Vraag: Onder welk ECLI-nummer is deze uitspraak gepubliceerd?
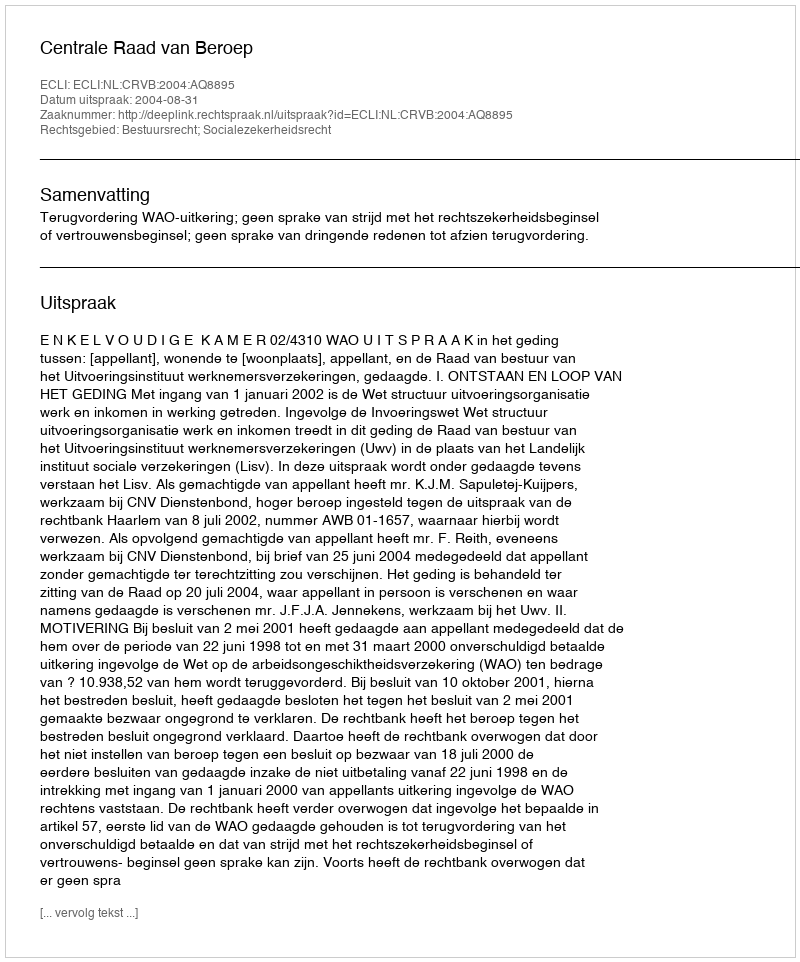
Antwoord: ECLI:NL:CRVB:2004:AQ8895